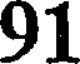
91